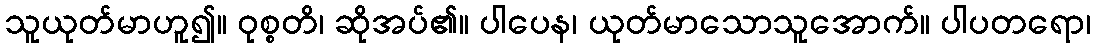
သူယုတ်မာဟူ၍။ ဝုစ္စတိ၊ ဆိုအပ်၏။ ပါပေန၊ ယုတ်မာသောသူအောက်။ ပါပတရော၊